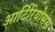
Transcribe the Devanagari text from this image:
आर्टिरियोसस